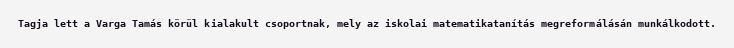
Tagja lett a Varga Tamás körül kialakult csoportnak, mely az iskolai matematikatanítás megreformálásán munkálkodott.